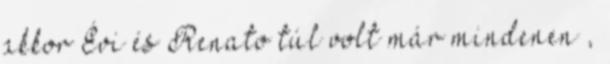
akkor Évi és Renato túl volt már mindenen ,